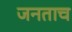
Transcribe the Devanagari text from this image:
जनताच